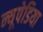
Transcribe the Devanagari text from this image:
न्यूपेडिया